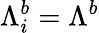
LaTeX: {\Lambda}_{i}^{b}={\Lambda}^{b}